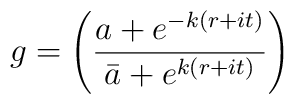
g =  \Biggl({a + e^{-k(r+it)}\over\bar a + e^{k(r+it)}}\Biggr)